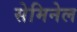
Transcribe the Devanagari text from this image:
सेमिनेल